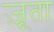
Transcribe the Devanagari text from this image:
ज़ूता